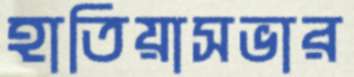
হাতিয়াসভার